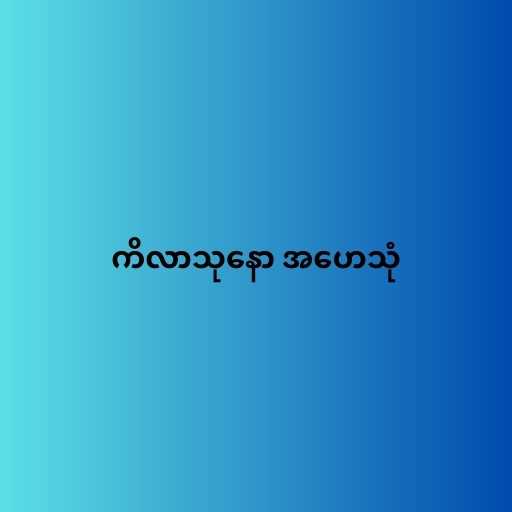
ကိလာသုနော အဟေသုံ